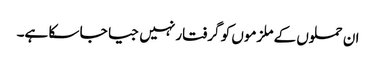
ان حملوں کے ملزموں کو گرفتار نہیں جیا جا سکا ہے۔